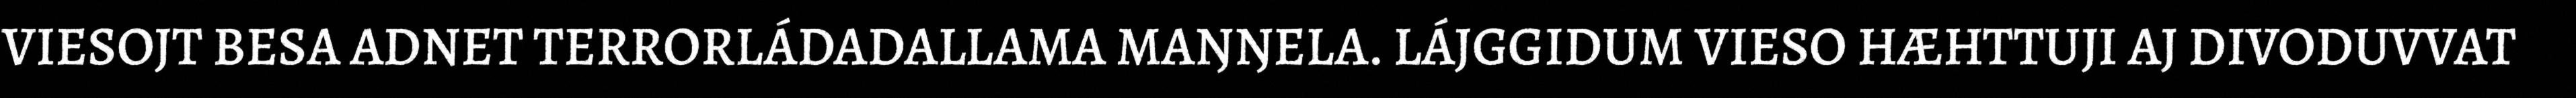
VIESOJT BESA ADNET TERRORLÁDADALLAMA MAŊŊELA. LÁJGGIDUM VIESO HÆHTTUJI AJ DIVODUVVAT